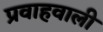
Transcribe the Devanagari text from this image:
प्रवाहवाली